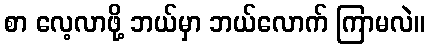
စာ လေ့လာဖို့ ဘယ်မှာ ဘယ်လောက် ကြာမလဲ။